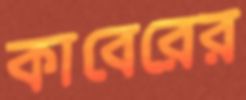
কাবেরের